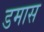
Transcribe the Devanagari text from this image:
डमास